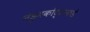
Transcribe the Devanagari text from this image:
नेडुमकोट्टाकडे